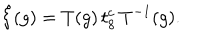
\hat { \xi } ( g ) = T ( g ) \, t _ { 8 } ^ { c } \, T ^ { - 1 } ( g ) .